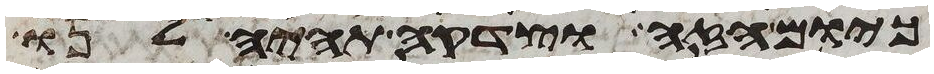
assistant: כיום הזה וצדקה תהיה לנו